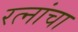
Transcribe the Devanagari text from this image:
रत्नांचा